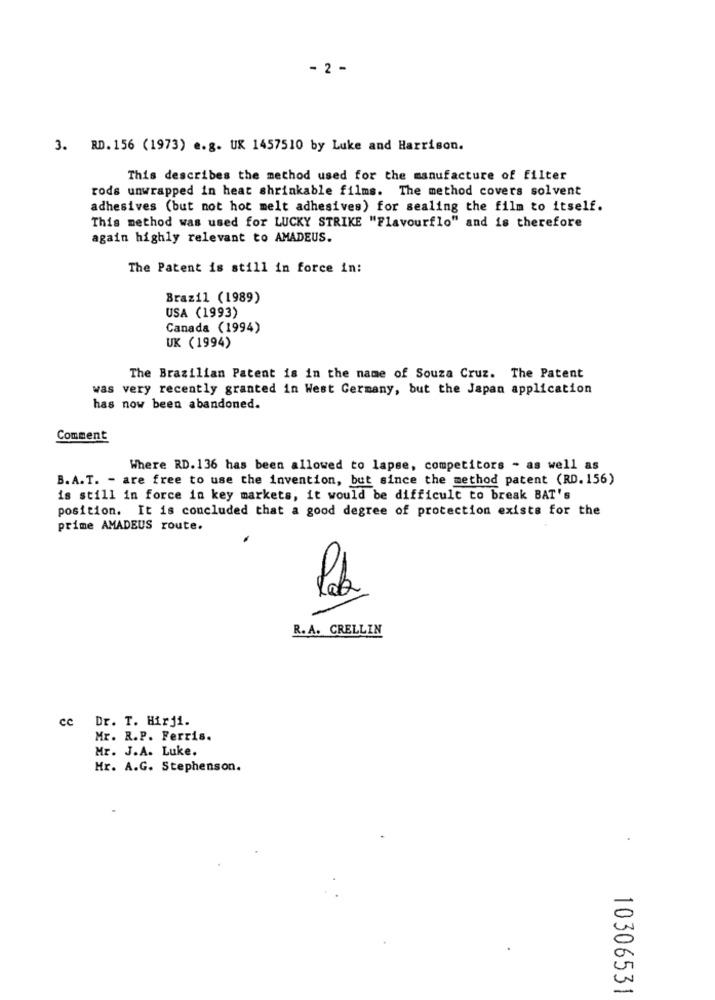
- 2 -
3. RD. 156 (1973) e.g. UK 1457510 by Luke and Harrison.
This describes the method used for the manufacture of filter
rods unwrapped in heat shrinkable films. The method covers solvent
adhesives (but not hot melt adhesives) for sealing the film to itself.
This method was used for LUCKY STRIKE "Flavourflo" and is therefore
again highly relevant to AMADEUS.
The Patent is still in force in:
Brazil (1989)
USA (1993)
Canada (1994)
UK (1994)
The Brazilian Patent is in the name of Souza Cruz. The Patent
was very recently granted in West Germany, but the Japan application
has now been abandoned.
Comment
Where RD.136 has been allowed to lapse, competitors - as well as
B.A.T. - are free to use the invention, but since the method patent (RD. 156)
is still in force in key markets, it would be difficult to break BAT's
position. It is concluded that a good degree of protection exists for the
prime AMADEUS route.
20
R. A. CRELLIN
cc Dr. T. Hirji.
Mr. R.P. Ferris.
Mr. J.A. Luke.
Hr. A.G. Stephenson.
10306531